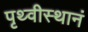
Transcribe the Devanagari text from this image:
पृथ्वीस्थानं